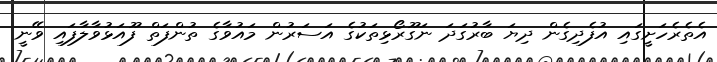
އެތެރެހަށީގައި އުފެދިގެން ދިޔަ ބާރުގަދަ ނަގޫރޯޅިތަކުގެ އަސަރުން މައުވާގެ ތުންފަތް ފޫއަޅުވާލާފައި ވޭނީ